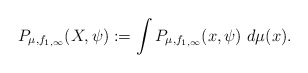
\begin{align*}P_{\mu,f_{1,\infty}}(X,\psi):=\int P_{\mu,f_{1,\infty}}(x,\psi)\ d\mu(x).\end{align*}